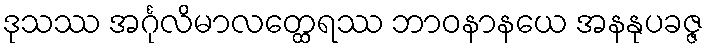
ဒုသဿ အင်္ဂုလိမာလတ္ထေရဿ ဘာဝနာနယေ အနနုပခဇ္ဇ